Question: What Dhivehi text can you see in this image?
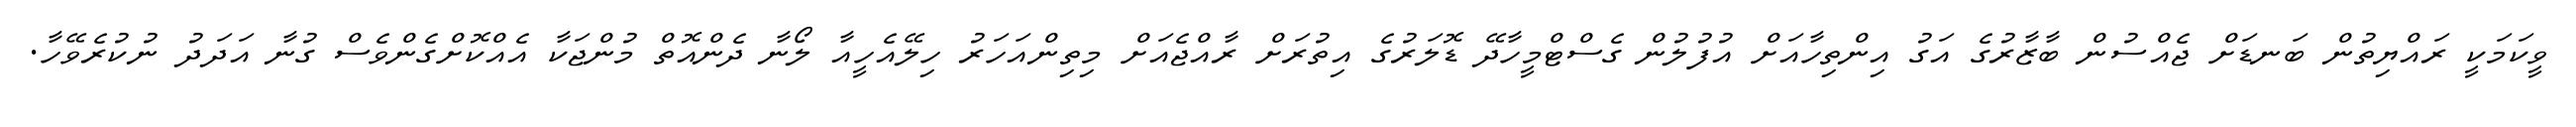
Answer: ވީކަމަކީ ރައްޔިތުން ބަނޑަށް ޖެއްސުން ބާޒާރުގެ އަގު އިންތިހާއަށް އުފުލުން ގެސްޓްމީހާދޭ ޑޮލަރުގެ އިތުރަށް ރާއްޖެއަށް މިތިންއަހަރު ހިލޭއެހީއާ ލޯނާ ދެންއޮތް މުންޖަކާ އެއްކޮށްގެންވެސް ގުނާ އަދަދު ނުކުރެވޭހާ.